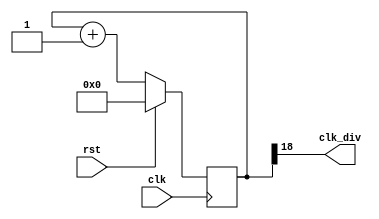
`timescale 1ns / 1ps
//////////////////////////////////////////////////////////////////////////////////
// Company: 
// Engineer: 
// 
// Design Name: 
// Module Name: clk_gen
// Project Name: 
// Target Devices: 
// Tool Versions: 
// Description: 
// 
// Dependencies: 
// 
// Revision:
// Revision 0.01 - File Created
// Additional Comments:
// 
//////////////////////////////////////////////////////////////////////////////////


module clk_gen(
    input clk,
    input rst,
    output clk_div
    );
    reg [25:0] cntr;
    always @(posedge clk)
        begin
        if(rst)
            cntr <= 0;
        else
            cntr <= cntr + 1;          
                        
        end
    assign clk_div = cntr[18];
endmodule